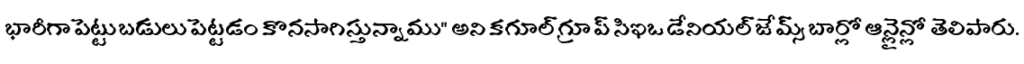
భారీగా పెట్టుబడులు పెట్టడం కొనసాగిస్తున్నాము" అని కగూల్ గ్రూప్ సిఇఒ డేనియల్ జేమ్స్ బార్లో ఆన్లైన్లో తెలిపారు.